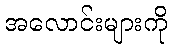
အလောင်းများကို